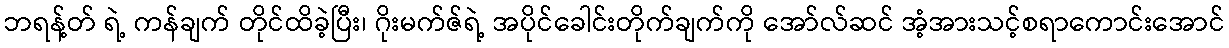
ဘရန့်တ် ရဲ့ ကန်ချက် တိုင်ထိခဲ့ပြီး၊ ဂိုးမက်ဇ်ရဲ့ အပိုင်ခေါင်းတိုက်ချက်ကို အော်လ်ဆင် အံ့အားသင့်စရာကောင်းအောင်